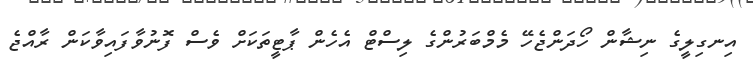
އިނގިލީގެ ނިޝާން ހޯދަންޖެހޭ މެމްބަރުންގެ ލިސްޓް އެހެން ޕާޓީތަކަށް ވެސް ފޮނުވާފައިވާކަން ރާއްޖެ